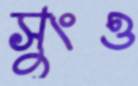
সুংও